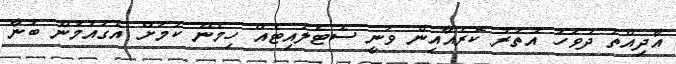
އާދިއްތަ ދުވަހު އުތުރު ކޮރެއާއިން ވަނީ ސެޓެލައިޓެއް ހިމެނޭ ކަމަށް އެގައުމުން ބުނާ